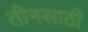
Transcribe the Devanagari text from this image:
तीनसाठी